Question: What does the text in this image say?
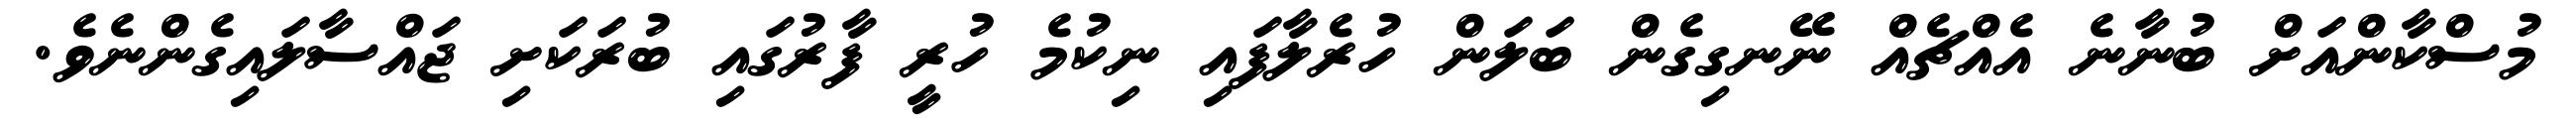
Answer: މުސްކާންއަށް ބުނާނެ އެއްޗެއް ނޭނގިގެން ބަލަން ހުރެލާފައި ނިކުމެ ހުރީ ފާރުގައި ބުރަކަށި ޖައްސާލައިގެންނެވެ.